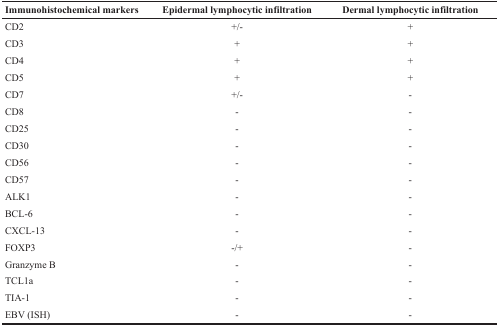
| Immunohistochemical markers | Epidermal lymphocytic infiltration | Dermal lymphocytic infiltration |
 | --- | --- | --- |
 | CD2 | +/- | + |
 | CD3 | + | + |
 | CD4 | + | + |
 | CD5 | + | + |
 | CD7 | +/- | - |
 | CD8 | - | - |
 | CD25 | - | - |
 | CD30 | - | - |
 | CD56 | - | - |
 | CD57 | - | - |
 | ALK1 | - | - |
 | BCL-6 | - | - |
 | CXCL-13 | - | - |
 | FOXP3 | -/+ | - |
 | Granzyme B | - | - |
 | TCL1a | - | - |
 | TIA-1 | - | - |
 | EBV (ISH) | - | - |